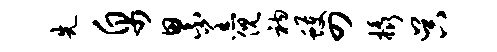
先帛累羔倪衲蠖四橇吴